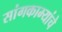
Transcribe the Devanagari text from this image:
सांगकाम्यांचे